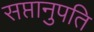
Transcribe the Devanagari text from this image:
सप्तानुपति